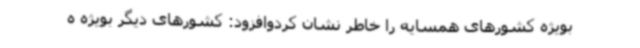
بویژه کشورهای همسایه را خاطر نشان کردوافزود: کشورهای دیگر بویژه ه